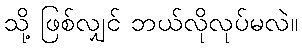
သို့ ဖြစ်လျှင် ဘယ်လိုလုပ်မလဲ။